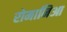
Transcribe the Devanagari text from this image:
रोमानिआ